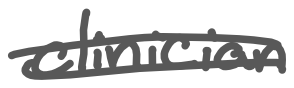
Text: clinician
Cross-out: double-line
Writing tool: digital_gray